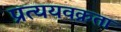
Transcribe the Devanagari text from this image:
प्रत्ययवक्रता